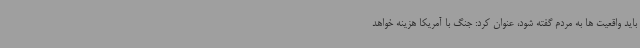
باید واقعیت ها به مردم گفته شود، عنوان کرد: جنگ با آمریکا هزینه خواهد